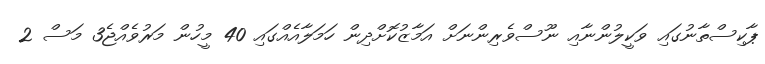
ޕާކިސްތާނުގައި ވަކީލުންނާއި ނޫސްވެރިންނަށް އަމާޒުކޮށްދިން ހަމަލާއެއްގައި 40 މީހުން މަރުވެއްޖެ3 މަސް 2